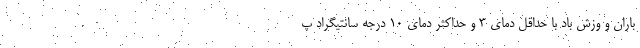
باران و وزش باد با حداقل دمای ۳ و حداکثر دمای ۱۰ درجه سانتیگراد پ